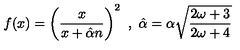
f ( x ) = \left( \frac { x } { x + \hat { \alpha } n } \right) ^ { 2 } \ , \ \hat { \alpha } = \alpha \sqrt { \frac { 2 \omega + 3 } { 2 \omega + 4 } }